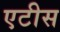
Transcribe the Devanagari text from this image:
एटीस